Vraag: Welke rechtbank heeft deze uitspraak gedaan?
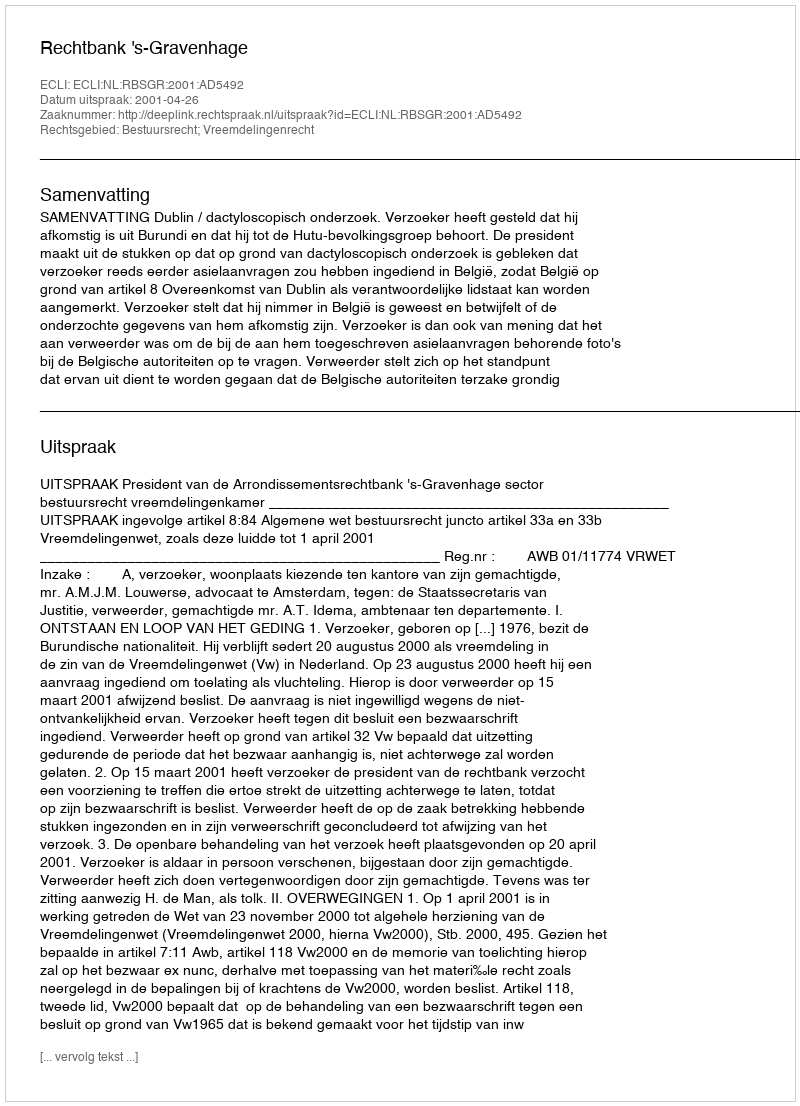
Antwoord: Rechtbank 's-Gravenhage